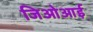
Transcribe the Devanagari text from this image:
जिओआई